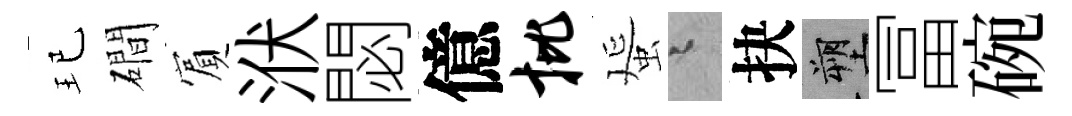
玘磵賔洑閟億批蜑迢抉塑冨碗